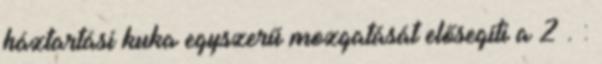
háztartási kuka egyszerű mozgatását elősegíti a 2 . :